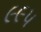
૯૯૫